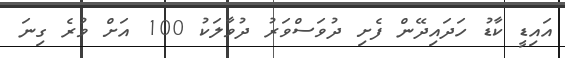
އައިޑީ ކާޑު ހަދައިދޭން ފެށި ދުވަސްވަރު ދުވާލަކު 100 އަށް ވުރެ ގިނަ